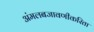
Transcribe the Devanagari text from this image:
अंमलबजावणीकरिता